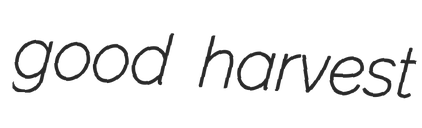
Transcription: good harvest